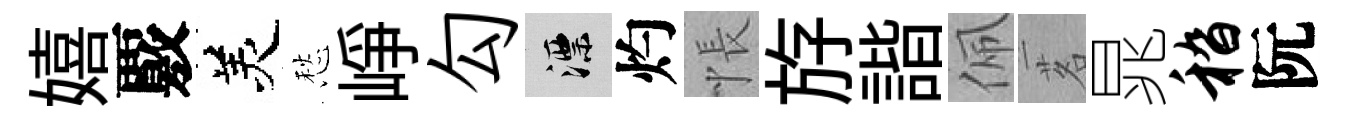
嬉覈羙愁峥勾漂灼悵斿諧佩茗晁嵇阮